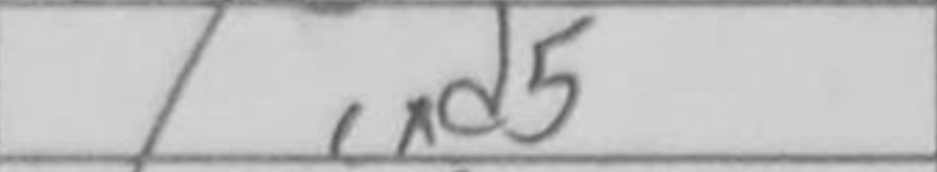
Transcription: cxd5